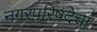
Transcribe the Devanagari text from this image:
नगरपरिषदेचा